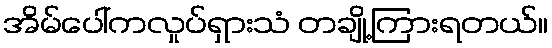
အိမ်ပေါ်ကလှုပ်ရှားသံ တချို့ကြားရတယ်။